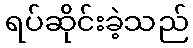
ရပ်ဆိုင်းခဲ့သည်